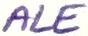
Text: ALE